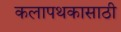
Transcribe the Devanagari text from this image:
कलापथकासाठी